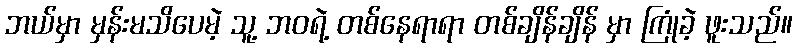
ဘယ်မှာ မှန်းမသိပေမဲ့ သူ့ ဘဝရဲ့ တစ်နေရာရာ တစ်ချိန်ချိန် မှာ ကြုံခဲ့ ဖူးသည်။